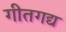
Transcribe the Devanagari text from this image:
गीतगद्य